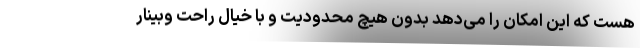
هست که این امکان را می‌دهد بدون هیچ محدودیت و با خیال راحت وبینار